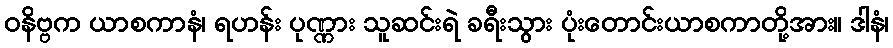
ဝနိဗ္ဗက ယာစကာနံ၊ ရဟန်း ပုဏ္ဏား သူဆင်းရဲ ခရီးသွား ပုံးတောင်းယာစကာတို့အား။ ဒါနံ၊